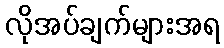
လိုအပ်ချက်များအရ